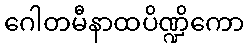
ဂေါတမီနာထပိဏ္ဍိကော